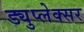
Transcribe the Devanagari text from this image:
ड्युप्लेक्सर